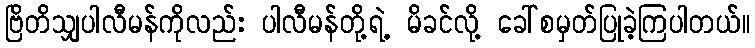
ဗြိတိသျှပါလီမန်ကိုလည်း ပါလီမန်တို့ရဲ့ မိခင်လို့ ခေါ်စမှတ်ပြုခဲ့ကြပါတယ်။